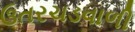
ઉતરચડવાળી